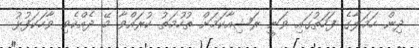
ދިން ހަމަލާގެ ފަހަތުގައި ވަނީ ރަޝިއާކަމަށް ތުހުމަތު ކުރައްވާ މޭ ދެއްކެވި ވާހަކަފުޅު